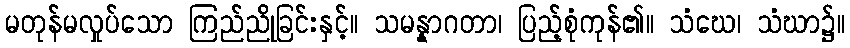
မတုန်မလှုပ်သော ကြည်ညိုခြင်းနှင့်။ သမန္နာဂတာ၊ ပြည့်စုံကုန်၏။ သံဃေ၊ သံဃာ၌။